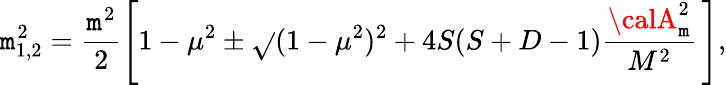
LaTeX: \mathtt{m}_{1,2}^{2}=\frac{{\mathtt{m}^{2}}}{{2}}\left[1-\mu^{2}\pm\sqrt{}{{(1-\mu^{2})^{2}+4S(S+D-1)\frac{{{\calA}_{\mathtt{m}}^{2}}}{{M^{2}}}}}\, \right]{,}